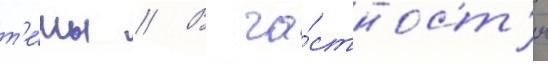
т'е́мы // В ча́стност'и